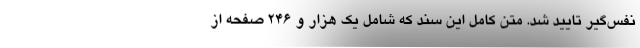
نفس‌گیر تایید شد. متن کامل این سند که شامل یک هزار و ۲۴۶ صفحه‌ از